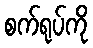
စက်ရုပ်ကို